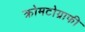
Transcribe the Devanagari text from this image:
क्रोमटोग्राफी